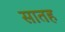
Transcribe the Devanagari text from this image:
सातह